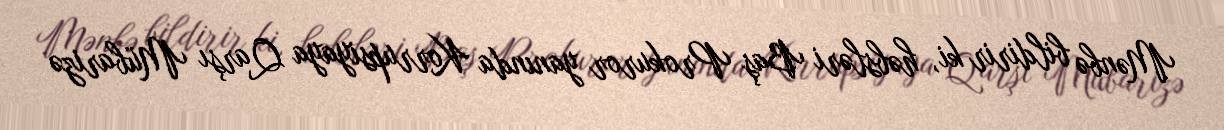
Mənbə bildirir ki, həbsləri Baş Prokuror yanında Korrupsiyaya Qarşı Mübarizə